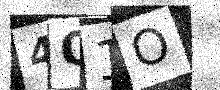
Text: 4O1O